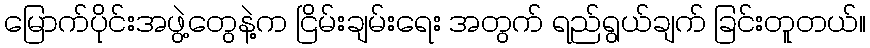
မြောက်ပိုင်းအဖွဲ့တွေနဲ့က ငြိမ်းချမ်းရေး အတွက် ရည်ရွယ်ချက် ခြင်းတူတယ်။